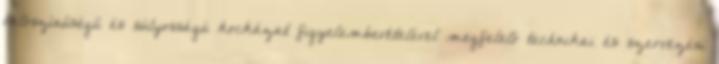
valószínűségű és súlyosságú kockázat figyelembevételével megfelelő technikai és szervezési